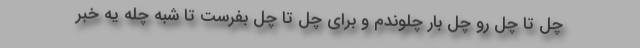
چل تا چل رو چل بار چلوندم و برای چل تا چل بفرست تا شبه چله یه خبر